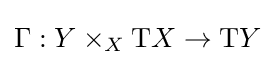
\Gamma :Y\times _{X}\mathrm {T} X\to \mathrm {T} Y